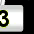
Digit: 3